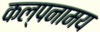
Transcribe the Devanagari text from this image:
कल्पनामय